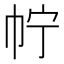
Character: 𢁼